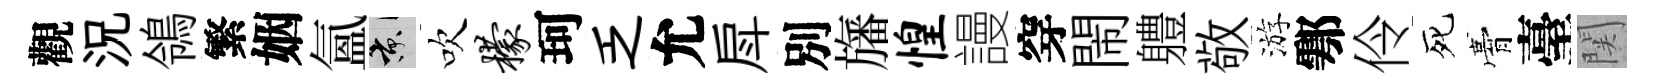
觀況鴒繁姻氲京吹檬珂乏允戽別旛惶謾穿閙軆敬游鄠伶死膏臺関